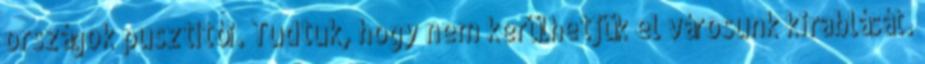
országok pusztítói. Tudtuk, hogy nem kerülhetjük el városunk kirablását.